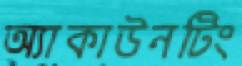
অ্যাকাউনটিং